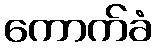
ကောက်ခံ